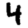
Digit: 4